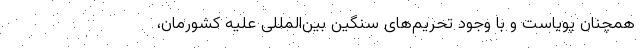
همچنان پویاست و با وجود تحریم‌های سنگین بین‌المللی علیه کشورمان،